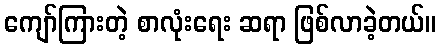
ကျော်ကြားတဲ့ စာလုံးရေး ဆရာ ဖြစ်လာခဲ့တယ်။